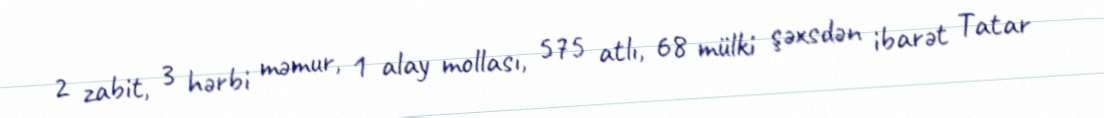
2 zabit, 3 hərbi məmur, 1 alay mollası, 575 atlı, 68 mülki şəxsdən ibarət Tatar